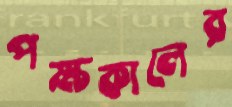
পক্ষকালের